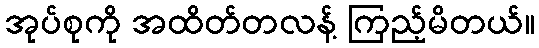
အုပ်စုကို အထိတ်တလန့် ကြည့်မိတယ်။